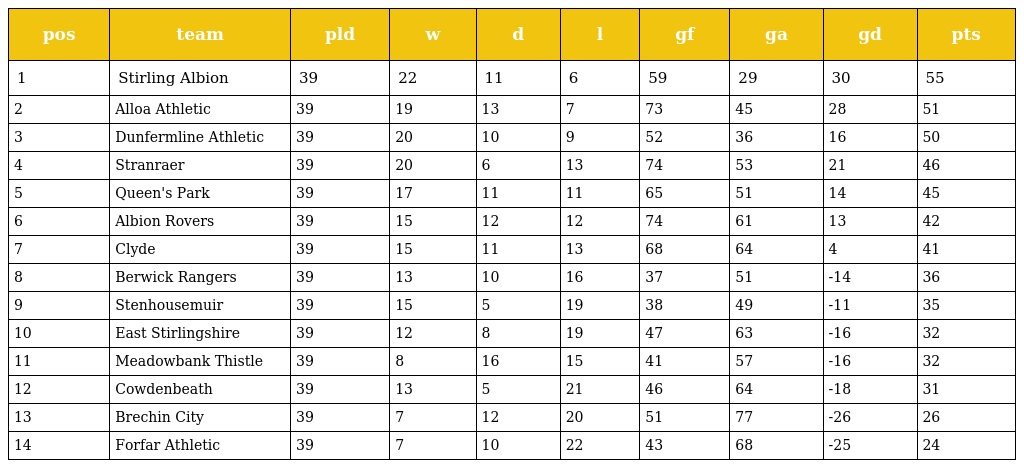
| pos | team | pld | w | d | l | gf | ga | gd | pts |
 | --- | --- | --- | --- | --- | --- | --- | --- | --- | --- |
 | 1 | Stirling Albion | 39 | 22 | 11 | 6 | 59 | 29 | 30 | 55 |
 | 2 | Alloa Athletic | 39 | 19 | 13 | 7 | 73 | 45 | 28 | 51 |
 | 3 | Dunfermline Athletic | 39 | 20 | 10 | 9 | 52 | 36 | 16 | 50 |
 | 4 | Stranraer | 39 | 20 | 6 | 13 | 74 | 53 | 21 | 46 |
 | 5 | Queen's Park | 39 | 17 | 11 | 11 | 65 | 51 | 14 | 45 |
 | 6 | Albion Rovers | 39 | 15 | 12 | 12 | 74 | 61 | 13 | 42 |
 | 7 | Clyde | 39 | 15 | 11 | 13 | 68 | 64 | 4 | 41 |
 | 8 | Berwick Rangers | 39 | 13 | 10 | 16 | 37 | 51 | -14 | 36 |
 | 9 | Stenhousemuir | 39 | 15 | 5 | 19 | 38 | 49 | -11 | 35 |
 | 10 | East Stirlingshire | 39 | 12 | 8 | 19 | 47 | 63 | -16 | 32 |
 | 11 | Meadowbank Thistle | 39 | 8 | 16 | 15 | 41 | 57 | -16 | 32 |
 | 12 | Cowdenbeath | 39 | 13 | 5 | 21 | 46 | 64 | -18 | 31 |
 | 13 | Brechin City | 39 | 7 | 12 | 20 | 51 | 77 | -26 | 26 |
 | 14 | Forfar Athletic | 39 | 7 | 10 | 22 | 43 | 68 | -25 | 24 |